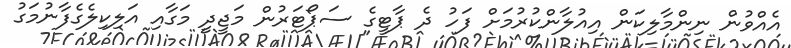
އެއްވުން ނިންމާލިކަން އިއުލާންކުރުމަށް ފަހު ދެ ޕާޓީގެ ސަޕޯޓަރުން މަޖީދީ މަގާއި އަލިކިލެގެފާނުމަގު